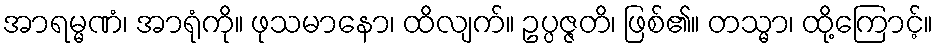
အာရမ္မဏံ၊ အာရုံကို။ ဖုသမာနော၊ ထိလျက်။ ဥပ္ပဇ္ဇတိ၊ ဖြစ်၏။ တသ္မာ၊ ထို့ကြောင့်။